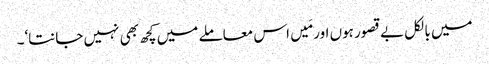
میں بالکل بے قصور ہوں اور مَیں اس معاملے میں کچھ بھی نہیں جانتا‘۔